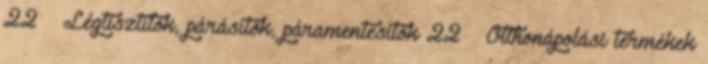
22 › Légtisztítók, párásítók, páramentesítők 22 › Otthonápolási termékek